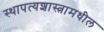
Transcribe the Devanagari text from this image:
स्थापत्यशास्त्रामधील